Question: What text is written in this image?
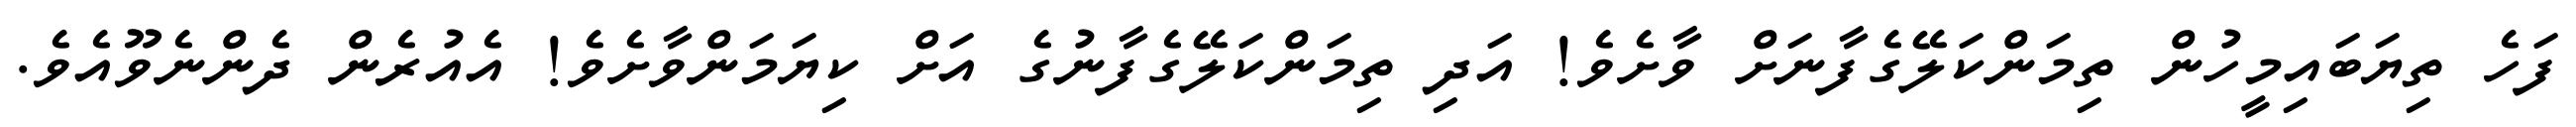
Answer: ފަހެ ތިޔަބައިމީހުން ތިމަންކަލޭގެފާނަށް ވާށެވެ! އަދި ތިމަންކަލޭގެފާނުގެ އަށް ކިޔަމަންވާށެވެ! އެއުރެން ދެންނެވޫއެވެ.